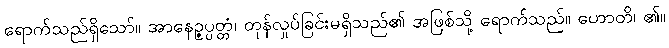
ရောက်သည်ရှိသော်။ အာနေဉ္ဇပ္ပတ္တံ၊ တုန်လှုပ်ခြင်းမရှိသည်၏ အဖြစ်သို့ ရောက်သည်။ ဟောတိ၊ ၏။